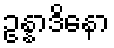
ဥန္နာဒိနော